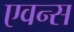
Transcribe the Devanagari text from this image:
एवन्स